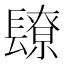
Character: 镽